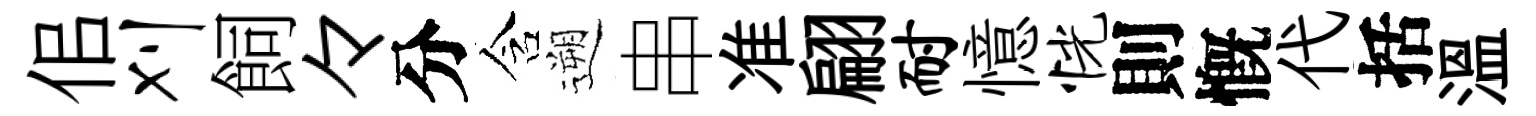
佀刈飼々分含遡串准翩耐憶恍則慨代括溫